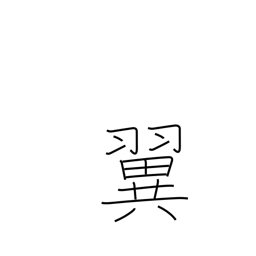
Meaning: wing